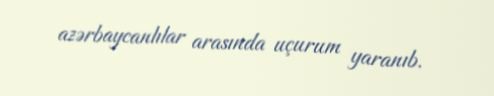
azərbaycanlılar arasında uçurum yaranıb.